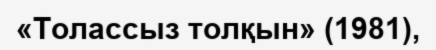
«Толассыз толқын» (1981),